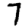
Digit: 7